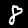
Label: 8